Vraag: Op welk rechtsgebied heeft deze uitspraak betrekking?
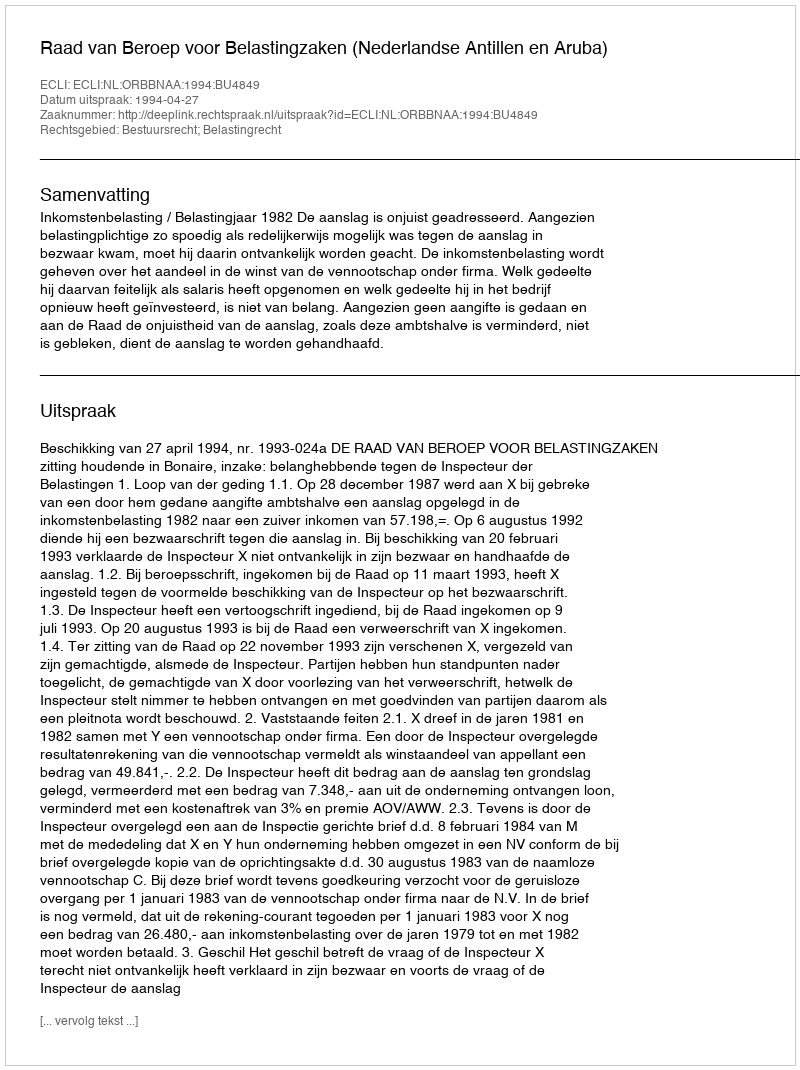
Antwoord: Bestuursrecht; Belastingrecht